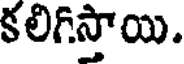
కలిగిస్తాయి.